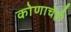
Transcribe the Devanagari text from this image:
कोणाचेंही